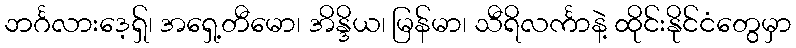
ဘင်္ဂလားဒေ့ရှ်၊ အရှေ့တီမော၊ အိန္ဒိယ၊ မြန်မာ၊ သီရိလင်္ကာနဲ့ ထိုင်းနိုင်ငံတွေမှာ